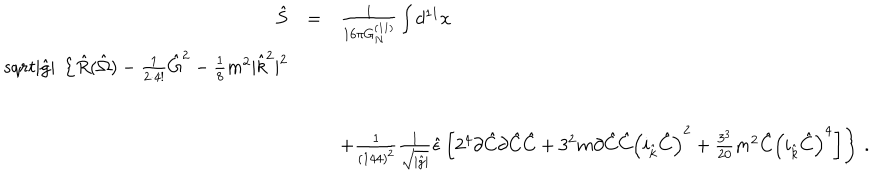
\begin{array} { r c l } { { \hat { S } } } & { { = } } & { { \frac { 1 } { 1 6 \pi G _ { N } ^ { ( 1 1 ) } } \int d ^ { 1 1 } x } } \\ { { s q r t { | \hat { g } | } \ \left\{ \hat { R } ( \hat { \Omega } ) - { \textstyle \frac { 1 } { 2 \cdot 4 ! } } \hat { G } ^ { 2 } - { \textstyle \frac { 1 } { 8 } } m ^ { 2 } | \hat { k } ^ { 2 } | ^ { 2 } \right. } } \\ { { } } & { { } } & { { } } \\ { { } } & { { } } & { { \hspace { - 1 . 5 c m } \left. + { \textstyle \frac { 1 } { ( 1 4 4 ) ^ { 2 } } } \frac { 1 } { \sqrt { | \hat { g } | } } \hat { \epsilon } \left[ 2 ^ { 4 } \partial \hat { C } \partial \hat { C } \hat { C } + 3 ^ { 2 } m \partial \hat { C } \hat { C } \left( i _ { \hat { k } } \hat { C } \right) ^ { 2 } + \frac { 3 ^ { 3 } } { 2 0 } m ^ { 2 } \hat { C } \left( i _ { \hat { k } } \hat { C } \right) ^ { 4 } \right] \right\} \, . } } \\ \end{array}